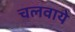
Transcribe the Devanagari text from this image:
चलवाये